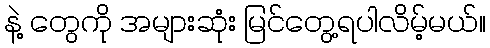
နဲ့ တွေကို အများဆုံး မြင်တွေ့ရပါလိမ့်မယ်။